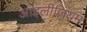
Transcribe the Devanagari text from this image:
आइलीज़ियम